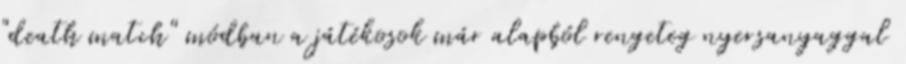
"death match" módban a játékosok már alapból rengeteg nyersanyaggal